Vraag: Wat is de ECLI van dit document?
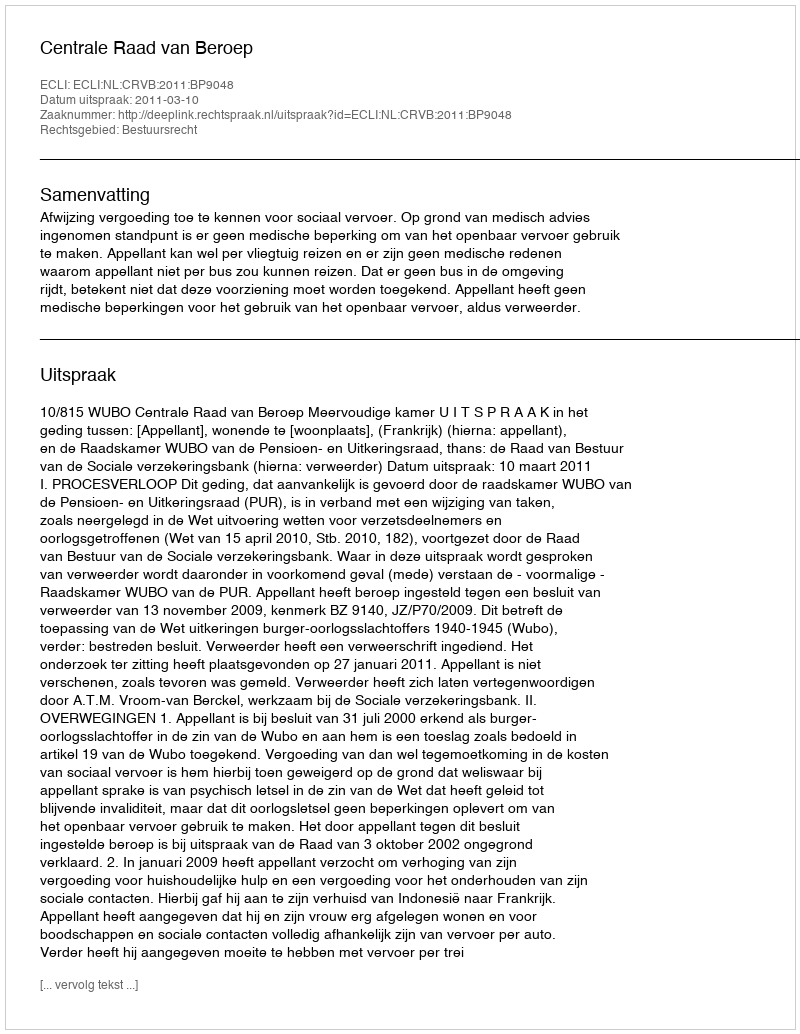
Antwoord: ECLI:NL:CRVB:2011:BP9048